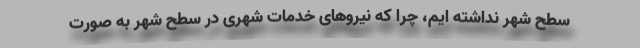
سطح شهر نداشته ایم، چرا که نیروهای خدمات شهری در سطح شهر به صورت